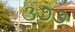
૩૭૭